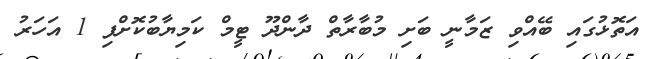
އަތޮޅުގައި ބޭއްވި ޒަމާނީ ބަށި މުބާރާތް ދާންދޫ ޓީމް ކަމިޔާބުކޮށްފި 1 އަހަރު